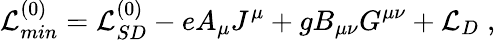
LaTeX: {\cal L}_{min}^{(0)}={\cal L}_{SD}^{(0)}-eA_{\mu}J^{\mu}+gB_{\mu\nu}G^{\mu\nu}+{\cal L}_{D}\; ,